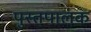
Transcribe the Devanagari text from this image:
पुस्तपालक